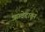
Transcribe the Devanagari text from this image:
ऋग्वेदातून